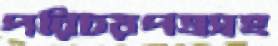
পরিচয়পত্রসহ